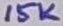
Text: 15K